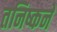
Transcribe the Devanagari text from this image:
तनिष्कने